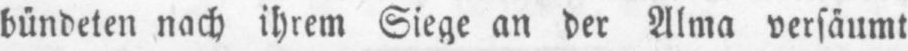
bündeten nach ihrem Siege an der Alma versäumt